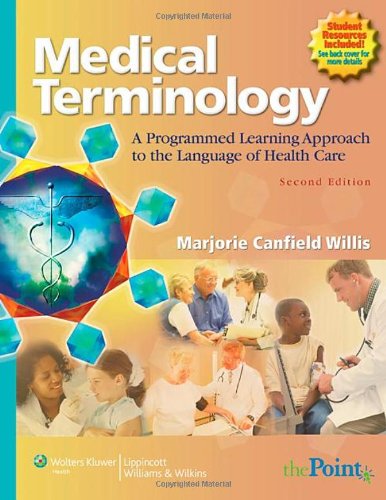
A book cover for Medical Terminology: A Programmed Learning Approach to the Language of Health Care; Marjorie Canfield Willis CMA-AC; Medical Books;